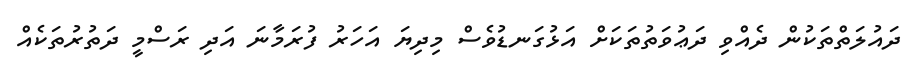
ދައުލަތްތަކުން ދެއްވި ދަޢުވަތުތަކަށް އަޅުގަނޑުވެސް މިދިޔަ އަހަރު ފުރަމާނަ އަދި ރަސްމީ ދަތުރުތަކެއް